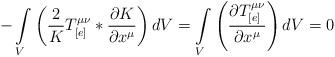
LaTeX: \begin{align*}-\int\limits_{V}\left(\frac{2}{K} T_{[e]}^{\mu\nu} * \frac{\partial K}{\partial x^{\mu}}\right) dV = \int\limits_{V}\left(\frac{\partial T_{[e]}^{\mu\nu}}{\partial x^{\mu}}\right) dV = 0\end{align*}